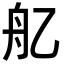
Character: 𦨇